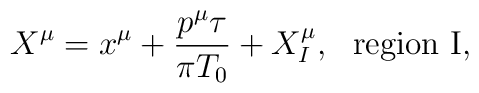
X^\mu=x^\mu+\frac{p^\mu \tau}{\pi {T_0}}+X_I^\mu,~~{\rm region ~I},